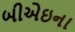
બીએઇના